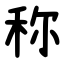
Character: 称